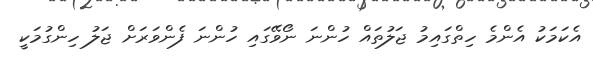
އެކަމަކު އެންމެ ހިތްގައިމު ޖަލުތައް ހުންނަ ނޯވޭގައި ހުންނަ ފެންވަރަށް ޖަލު ހިންގުމަކީ